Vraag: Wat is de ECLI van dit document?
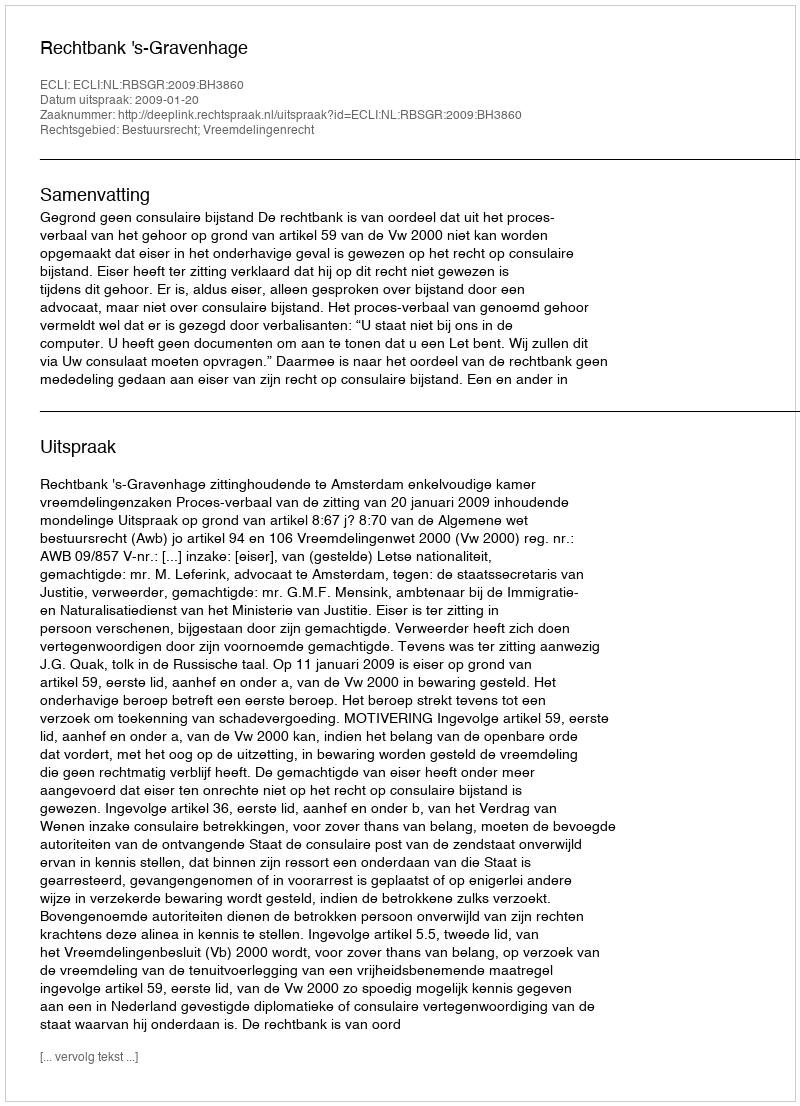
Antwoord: ECLI:NL:RBSGR:2009:BH3860